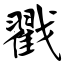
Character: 戳